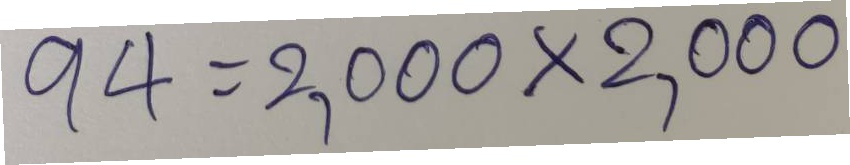
94 = 2,000x2,000